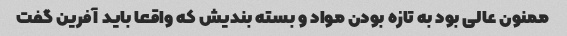
ممنون عالی بود به تازه بودن مواد و بسته بندیش که واقعا باید آفرین گفت